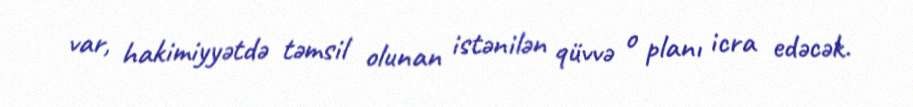
var, hakimiyyətdə təmsil olunan istənilən qüvvə o planı icra edəcək.